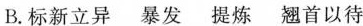
B.标新立异 暴发 提炼 翘首以待